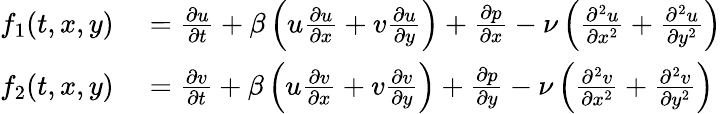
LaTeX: \begin{array}{rl}{f_{1}(t,x,y)}&{{}=\frac{\partial u}{\partial t}+\beta\left(u\frac{\partial u}{\partial x}+v\frac{\partial u}{\partial y}\right)+\frac{\partial p}{\partial x}-\nu\left(\frac{\partial^{2}u}{\partial x^{2}}+\frac{\partial^{2}u}{\partial y^{2}}\right)}\\ {f_{2}(t,x,y)}&{{}=\frac{\partial v}{\partial t}+\beta\left(u\frac{\partial v}{\partial x}+v\frac{\partial v}{\partial y}\right)+\frac{\partial p}{\partial y}-\nu\left(\frac{\partial^{2}v}{\partial x^{2}}+\frac{\partial^{2}v}{\partial y^{2}}\right)}\end{array}